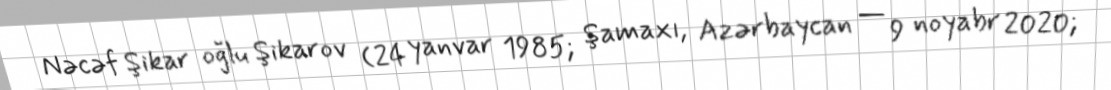
Nəcəf Şikar oğlu Şikarov (24 yanvar 1985; Şamaxı, Azərbaycan — 9 noyabr 2020;